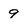
Character: 9